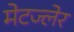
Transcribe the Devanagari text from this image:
मेटज्लेर